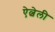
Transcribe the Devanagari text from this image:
ऐल्वेली